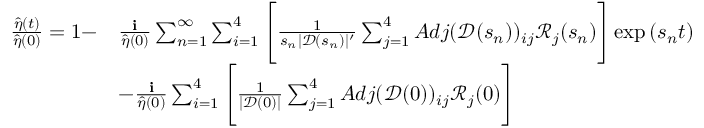
\begin{array} { r l } { \frac { \hat { \eta } ( t ) } { \hat { \eta } ( 0 ) } = 1 - } & { \frac { \textbf { i } } { \hat { \eta } ( 0 ) } \sum _ { n = 1 } ^ { \infty } \sum _ { i = 1 } ^ { 4 } \Bigg [ \frac { 1 } { s _ { n } | \mathscr { D } ( s _ { n } ) | ^ { \prime } } \sum _ { j = 1 } ^ { 4 } A d j ( \mathscr { D } ( s _ { n } ) ) _ { i j } \mathscr { R } _ { j } ( s _ { n } ) \Bigg ] \exp { ( s _ { n } t ) } } \\ & { - \frac { \textbf { i } } { \hat { \eta } ( 0 ) } \sum _ { i = 1 } ^ { 4 } \Bigg [ \frac { 1 } { | \mathscr { D } ( 0 ) | } \sum _ { j = 1 } ^ { 4 } A d j ( \mathscr { D } ( 0 ) ) _ { i j } \mathscr { R } _ { j } ( 0 ) \Bigg ] } \end{array}